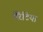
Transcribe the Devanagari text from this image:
मैरैटिया